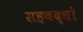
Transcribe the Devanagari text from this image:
सहबद्धों